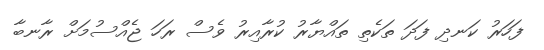
ފަހަރު ކަނދި ފަދަ ތަކެތި ތައްޔާރު ކުރާއިރު ވެސް ރަހަ ޖެއްސުމަށް ރާނބާ